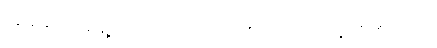
ကျွန်တော် ရှေ့တည့်တည့်ကိုသာ စိုက်ကြည့်နေလိုက်သည်။